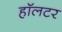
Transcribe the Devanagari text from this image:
हॉलटर